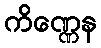
ကိဏ္ဏေန